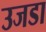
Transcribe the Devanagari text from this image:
उजडा